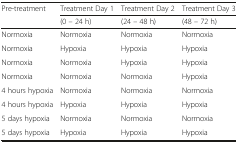
<table><thead><tr><td><b>Pre-treatment</b></td><td><b>Treatment Day 1</b></td><td><b>Treatment Day 2</b></td><td><b>Treatment Day 3</b></td></tr><tr><td></td><td><b>(0 – 24 h)</b></td><td><b>(24 – 48 h)</b></td><td><b>(48 – 72 h)</b></td></tr></thead><tbody><tr><td>Normoxia</td><td>Normoxia</td><td>Normoxia</td><td>Normoxia</td></tr><tr><td>Normoxia</td><td>Hypoxia</td><td>Hypoxia</td><td>Hypoxia</td></tr><tr><td>Normoxia</td><td>Normoxia</td><td>Hypoxia</td><td>Hypoxia</td></tr><tr><td>Normoxia</td><td>Normoxia</td><td>Normoxia</td><td>Hypoxia</td></tr><tr><td>4 hours hypoxia</td><td>Normoxia</td><td>Normoxia</td><td>Normoxia</td></tr><tr><td>4 hours hypoxia</td><td>Hypoxia</td><td>Hypoxia</td><td>Hypoxia</td></tr><tr><td>5 days hypoxia</td><td>Normoxia</td><td>Normoxia</td><td>Normoxia</td></tr><tr><td>5 days hypoxia</td><td>Hypoxia</td><td>Hypoxia</td><td>Hypoxia</td></tr></tbody></table>